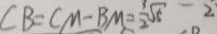
C B = C M - B M = \frac { 1 } { 2 } \sqrt { 5 } - 2